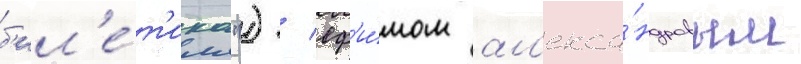
б'ил'е́т'ика") / еф'и́мом ал'екса́ндровым